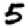
Digit: 5